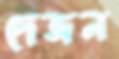
দেজন